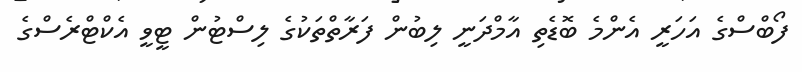
ފޯބްސްގެ އަހަރީ އެންމެ ބޮޑެތި އާމްދަނީ ލިބުން ފަރާތްތަކުގެ ލިސްޓުން ޓީވީ އެކްޓްރެސްގެ